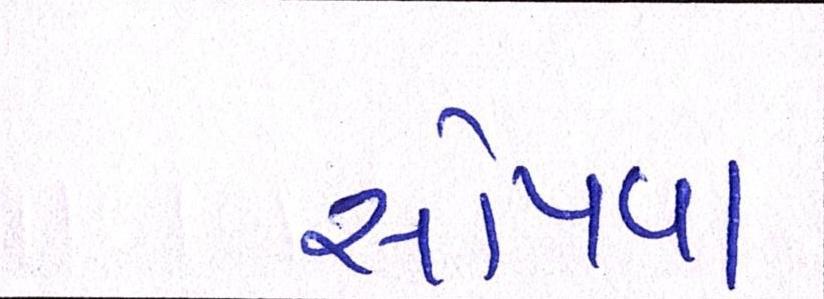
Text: સોંપવા